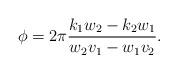
LaTeX: \begin{align*}\phi =2\pi \frac{k_1w_2-k_2w_1}{w_2v_1-w_1v_2}.\end{align*}